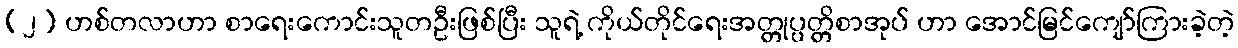
(၂) ဟစ်တလာဟာ စာရေးကောင်းသူတဦးဖြစ်ပြီး သူရဲ့ ကိုယ်တိုင်ရေးအတ္တုပ္ပတ္တိစာအုပ် ဟာ အောင်မြင်ကျော်ကြားခဲ့တဲ့